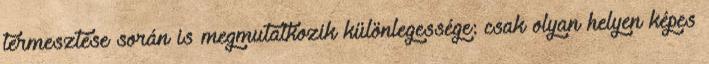
termesztése során is megmutatkozik különlegessége: csak olyan helyen képes